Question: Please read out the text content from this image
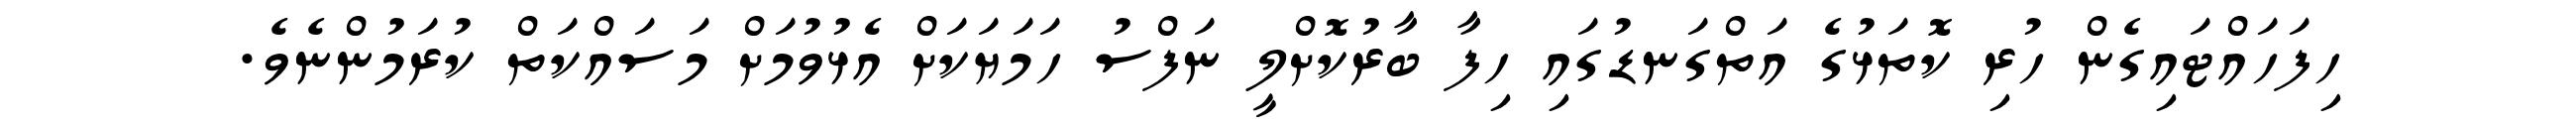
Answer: ހިފަހައްޓައިގެން ހުރި ކޮތަޅުގެ އަތްގަނޑުގައި ހިފާ ބާރުކޮށްލީ ނަފްސު ހަމަޔަކަށް އެޅުވުމަށް މަސައްކަތް ކުރަމުންނެވެ.